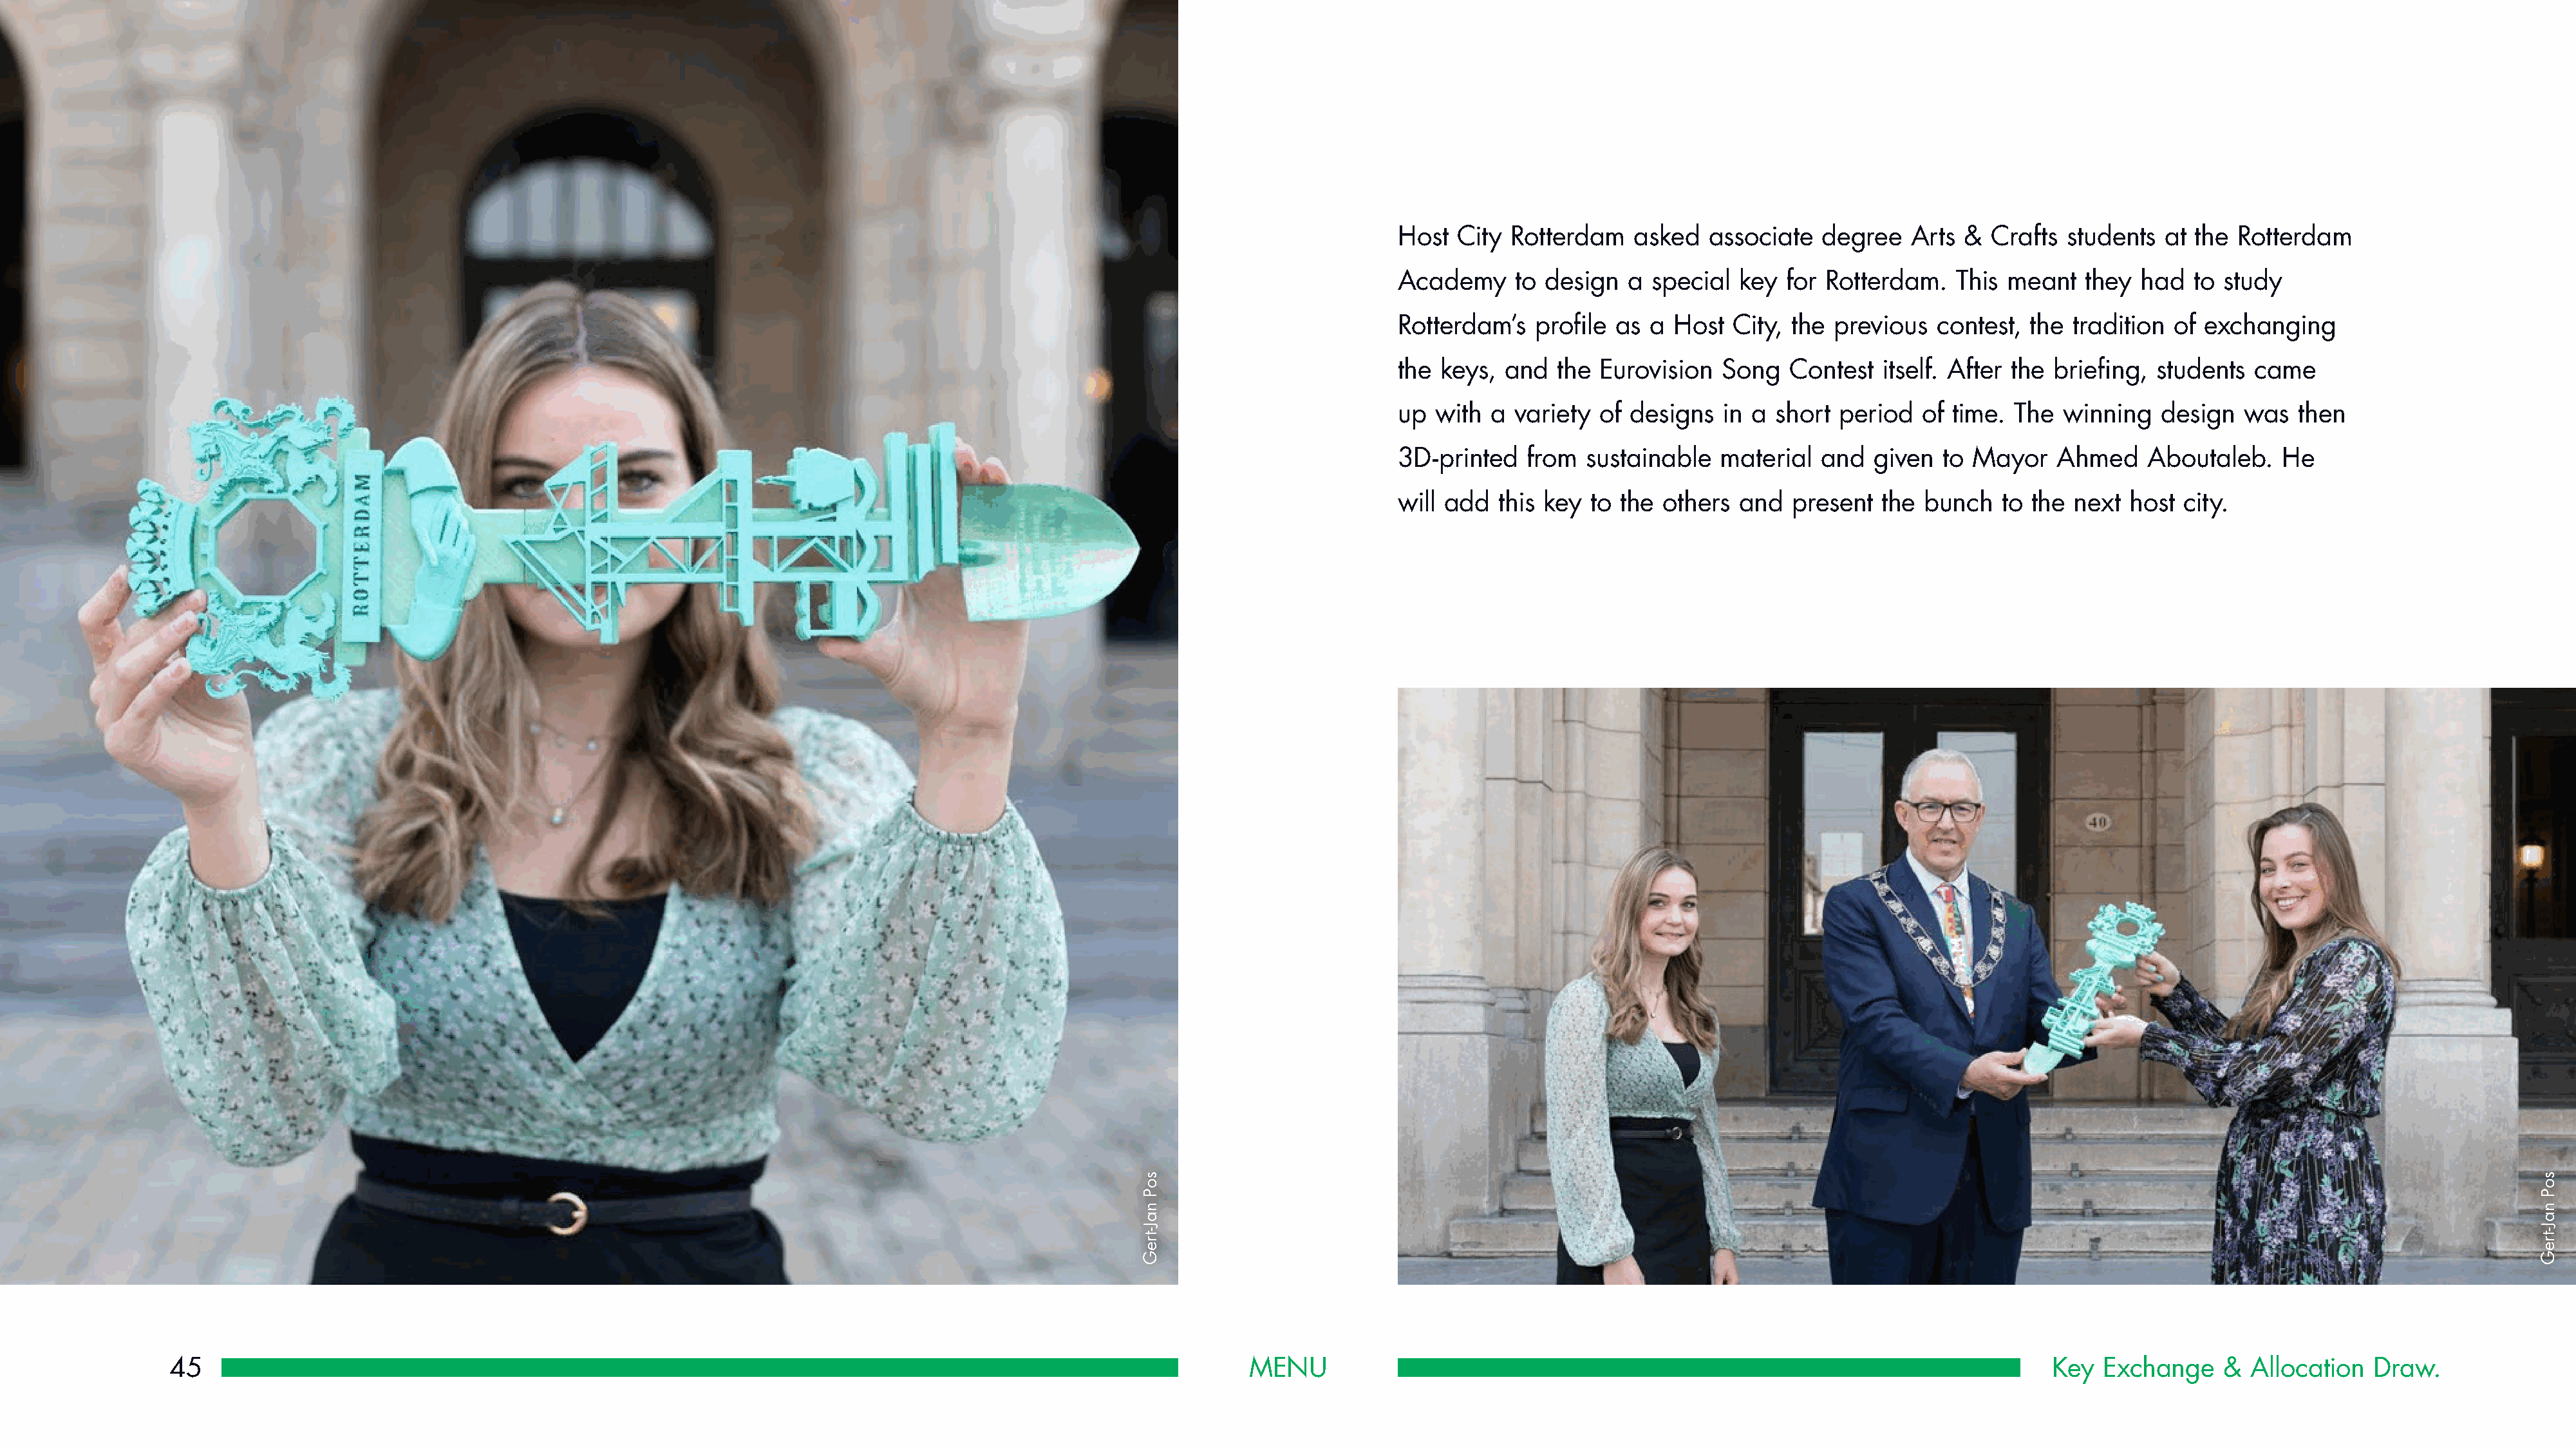
Host  City Rotterdam    asked   associate  degree   Arts  &  Crafts students   at the Rotterdam
 Academy     to design  a  special  key  for Rotterdam.   This meant   they  had   to study
 Rotterdam’s   profile as  a Host  City, the  previous  contest,  the tradition  of exchanging
 the keys,  and  the Eurovision   Song   Contest  itself. After the briefing,  students  came
 up  with a  variety of  designs  in a  short period   of time. The  winning   design   was  then
 3D-printed   from  sustainable   material  and   given  to Mayor   Ahmed     Aboutaleb.    He
 will add  this key  to the others  and  present  the  bunch   to the next  host city.
 45                                                                                                             MENU                                                                               Key  Exchange     & Allocation   Draw.
 soP
 naJ-treG
 soP
 naJ-treG